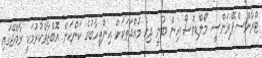
ޓްރާންސްޕޭރަންސީ މޯލްޑިވްސް އިން ބުނީ ދިގު މުއްދަތަކަށް އިންތިހާބުގެ ކަންކަން އޮބްޒާވްކުރުމަކީ ރާއްޖޭގައި